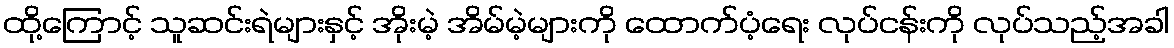
ထို့ကြောင့် သူဆင်းရဲများနှင့် အိုးမဲ့ အိမ်မဲ့များကို ထောက်ပံ့ရေး လုပ်ငန်းကို လုပ်သည့်အခါ